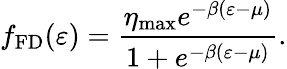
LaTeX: f_{\mathrm{FD}}(\varepsilon)=\frac{\eta_{\mathrm{max}}e^{-\beta(\varepsilon-\mu)}}{1+e^{-\beta(\varepsilon-\mu)}}.